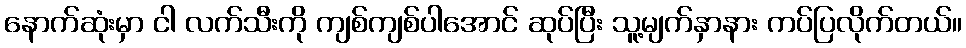
နောက်ဆုံးမှာ ငါ လက်သီးကို ကျစ်ကျစ်ပါအောင် ဆုပ်ပြီး သူ့မျက်နှာနား ကပ်ပြလိုက်တယ်။